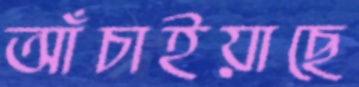
আঁচাইয়াছে